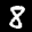
Label: 8